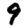
Digit: 9